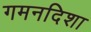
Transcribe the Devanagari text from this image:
गमनदिशा